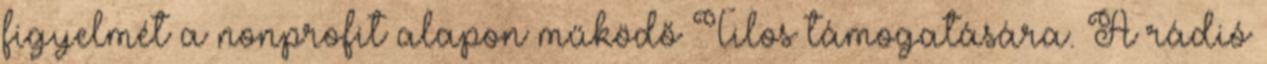
figyelmét a nonprofit alapon működő Tilos támogatására. A rádió